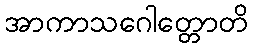
အာကာသဂေါတ္တောတိ